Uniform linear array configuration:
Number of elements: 4
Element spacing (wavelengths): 0.25
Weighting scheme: kaiser
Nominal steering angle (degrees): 0
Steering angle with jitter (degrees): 0.5608
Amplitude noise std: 0.05
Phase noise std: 0.05

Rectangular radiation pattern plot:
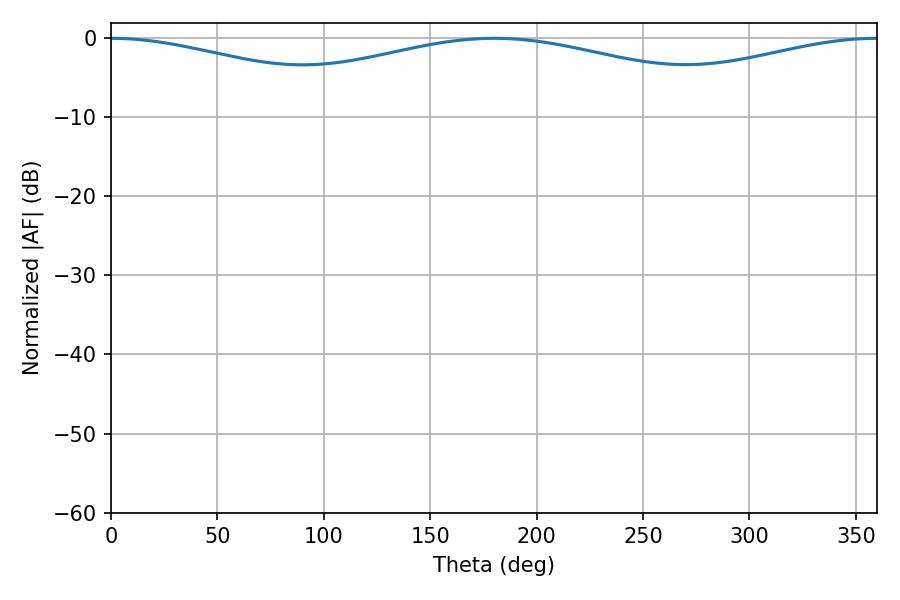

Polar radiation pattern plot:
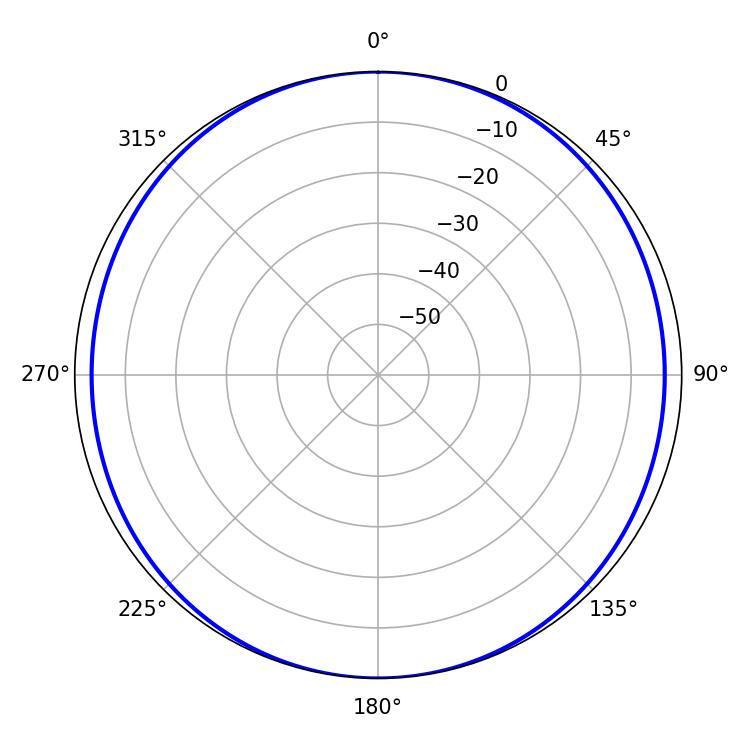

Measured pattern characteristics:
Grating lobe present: FALSE
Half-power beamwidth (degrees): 72
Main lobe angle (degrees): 0